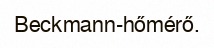
Beckmann-hőmérő.